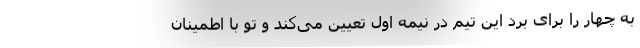
به چهار را برای برد این تیم در نیمه اول تعیین می‌کند و تو با اطمینان